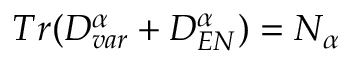
T r ( D _ { v a r } ^ { \alpha } + D _ { E N } ^ { \alpha } ) = N _ { \alpha }